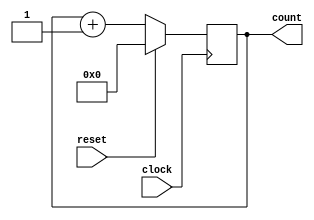
module PC(count, clock, reset);
	input clock, reset;
	output [31:0] count;
	reg [31:0] count;
	
	always @(posedge clock)
		if(!reset)
			count = count+1;
		else
			count = 0;
endmodule

module tb_PC;
	reg clock, reset;
	wire [31:0] count;
	
	PC pc(count, clock, reset);
	
	initial begin
		repeat(500)
		#5 clock = ~clock;
	end
	
	initial begin
		$monitor(, $time, " Count=%b, Clock=%b, Reset=%b", count, clock, reset);
		#0 clock = 1'b0; reset = 1'b1;
		#10 reset = 1'b0;
	end
	
endmodule